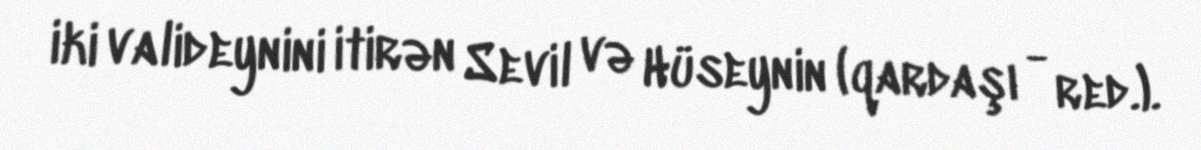
iki valideynini itirən Sevil və Hüseynin (qardaşı - red.).